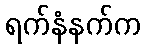
ရက်နံနက်က